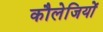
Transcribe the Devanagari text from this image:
कौलेजियों